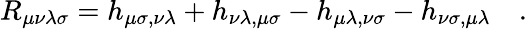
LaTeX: R_{\mu\nu\lambda\sigma}=h_{\mu\sigma,\nu\lambda}+h_{\nu\lambda,\mu\sigma}-h_{\mu\lambda,\nu\sigma}-h_{\nu\sigma,\mu\lambda}\quad.